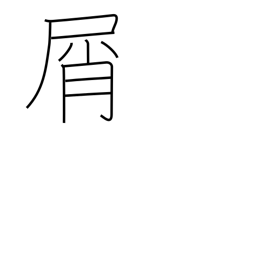
Meaning: waste